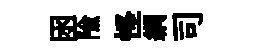
囦隃怪綱司